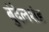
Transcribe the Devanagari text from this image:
बुंदेलशंड